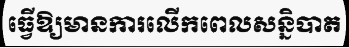
ធ្វើឱ្យមានការលើកពេលសន្និបាត